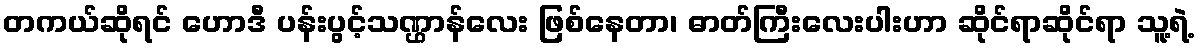
တကယ်ဆိုရင် ဟောဒီ ပန်းပွင့်သဏ္ဌာန်လေး ဖြစ်နေတာ၊ ဓာတ်ကြီးလေးပါးဟာ ဆိုင်ရာဆိုင်ရာ သူ့ရဲ့